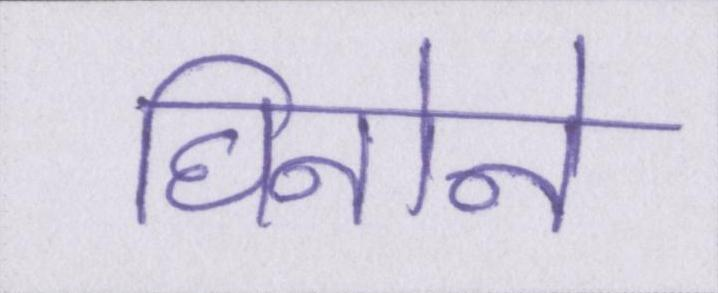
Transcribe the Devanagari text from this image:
घिनोने